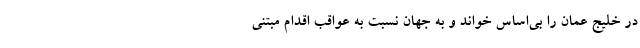
در خلیج عمان را بی‌اساس خواند و به جهان نسبت به عواقب اقدام مبتنی